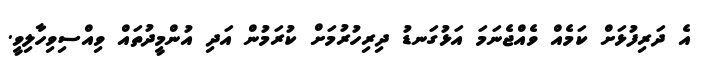
އެ ދަރިފުޅަށް ކަމެއް ވެއްޖެނަމަ އަޅުގަނޑު ދިރިހުރުމަށް ކުރަމުން އަދި އުންމީދުތައް ވިއްސިވިހާލިވީ.